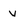
Character: V